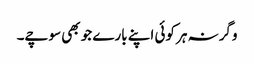
وگرنہ ہر کوئی اپنے بارے جو بھی سوچے۔